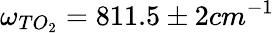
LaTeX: \omega_{TO_{2}}=811.5\pm 2cm^{-1}